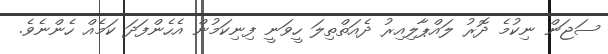
ސަޖަން ނިކުމެ ދޮރު ލައްޕާލިއިރު ދެއަތްތިލަ ހީވަނީ ފިނިކަމުން އެހެންފަދަ ކަމެއް ހެންނެވެ.